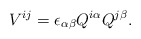
\begin{align*}V^{ij} = \epsilon_{\alpha \beta} Q^{i \alpha} Q^{j \beta}.\end{align*}